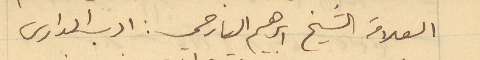
العلامة الشيخ ابراهيم اليازجي: ادب الدارس